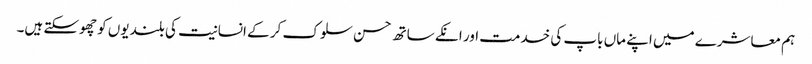
ہم معاشرے میں اپنے ماں باپ کی خدمت اور انکے ساتھ حسن سلوک کر کے انسانیت کی بلندیوں کو چھوسکتے ہیں۔